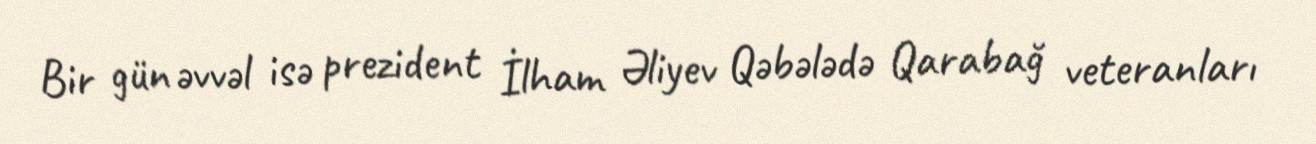
Bir gün əvvəl isə prezident İlham Əliyev Qəbələdə Qarabağ veteranları